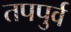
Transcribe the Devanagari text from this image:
तपपुर्व